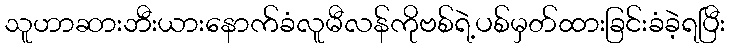
သူဟာဆားဘီးယားနောက်ခံလူမီလန်ကိုဗစ်ရဲ့ပစ်မှတ်ထားခြင်းခံခဲ့ရပြီး